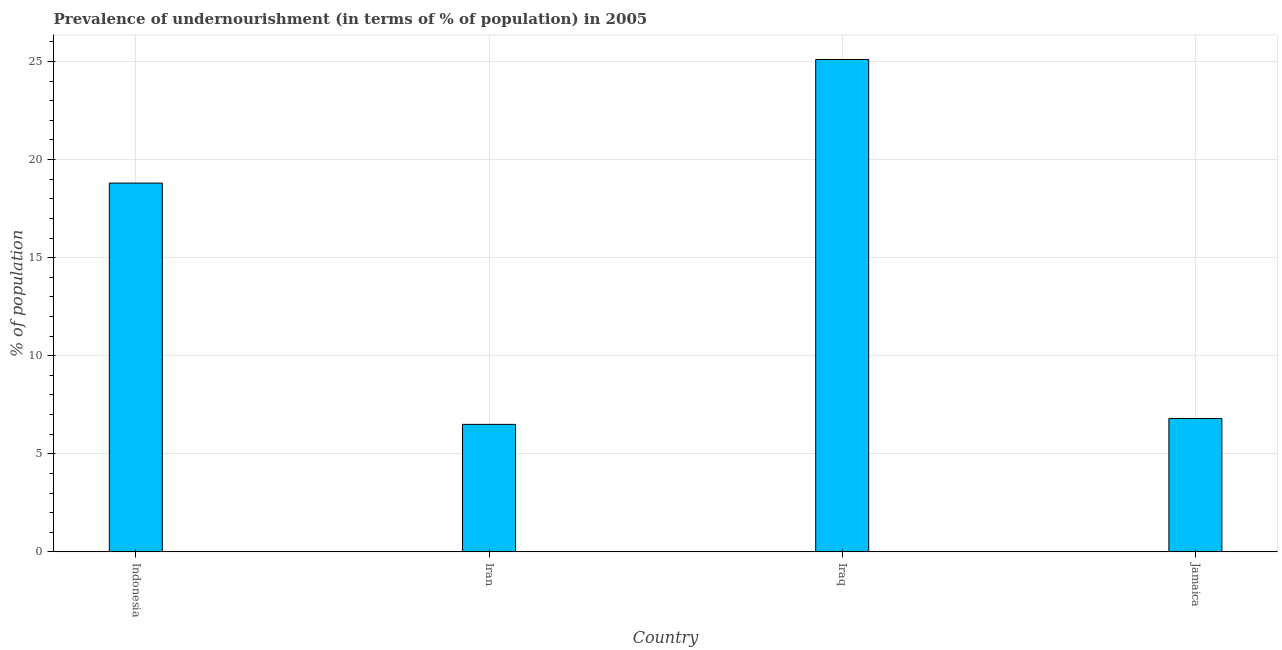
| Country | Prevalence of undernourishment |
 | --- | --- |
 | Indonesia | 18.8 |
 | Iran | 6.5 |
 | Iraq | 25.1 |
 | Jamaica | 6.8 |